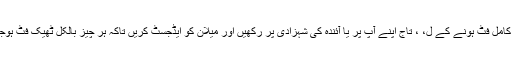
18. کامل فٹ ہونے کے ل، ، تاج اپنے آپ پر یا آئندہ کی شہزادی پر رکھیں اور میلان کو ایڈجسٹ کریں تاکہ ہر چیز بالکل ٹھیک فٹ ہوجائے۔